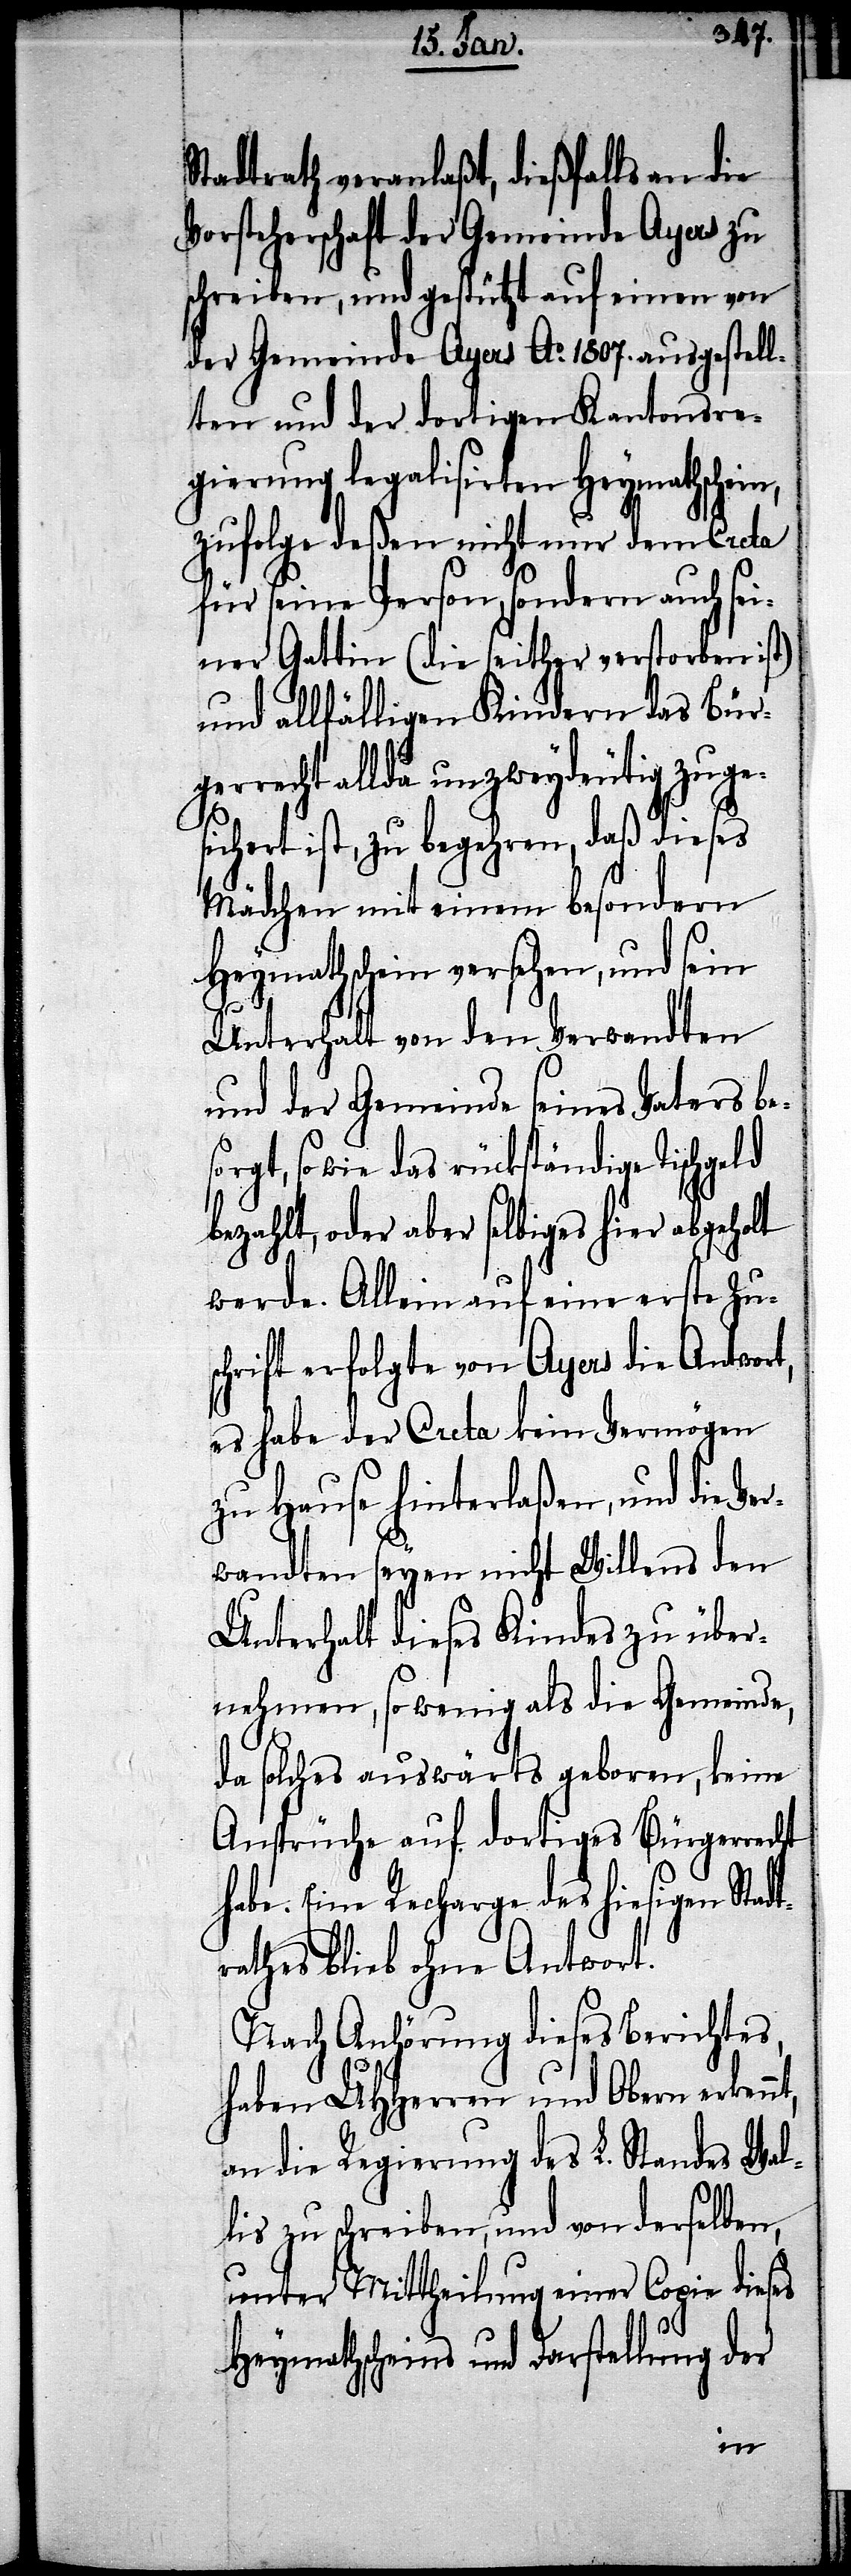
Stadtrath veranlaßt, dießfalls an die
Vorsteherschaft der Gemeinde Ayers zu
schreiben, und gestützt auf einen von
der Gemeinde Ayers Ao. 1807. ausgestell¬
ten und der dortigen Kantonsre¬
gierung legalisirten Heymathschein,
zufolge deßen nicht nur dem Creta
für seine Person, sondern auch sei¬
ner Gattin (die seither verstorben ist)
und allfälligen Kindern das Bür¬
gerrecht allda unzweydeutig zuge¬
sichert ist, zu begehren, daß dieses
Mädchen mit einem besondern
Heymathschein versehen, und sein
t,
Unterhalt von den Verwandten
und der Gemeinde seines Vaters be¬
orgt, so wie das rückständige Tischgeld
bezahlt, oder aber selbiges hier abgeholt
werde. Allein auf eine erste Zus¬
chrift erfolgte von Ayers die Antwort,
es habe der Creta kein Vermögen
zu Hause hinterlaßen, und die Ve¬
rwandten seyen nicht Willens den
Unterhalt dieses Kindes zu über¬
nehmen, so wenig als die Gemeinde,
da solches auswärts geboren, keine
Ansprüche auf dortiges Bürgerrecht
habe. Eine Recharge des hiesigen Stadt¬
rathes blieb ohne Antwort.
Nach Anhörung dieses Berichtes,
haben UHHerren und Obern erkenn¬
an die Regierung des L. Standes Wal¬
lis zu schreiben, und von derselben,
unter Mittheilung einer Copie dieses
Heymathscheins und Darstellung der